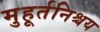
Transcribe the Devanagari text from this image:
मुहूर्तनिश्चय